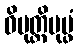
ဝိမုတ္တိပုပ္ဖံ